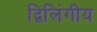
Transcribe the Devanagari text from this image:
द्विलिंगीय